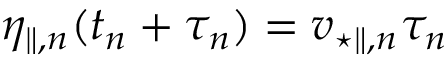
\eta _ { \parallel , n } ( t _ { n } + \tau _ { n } ) = v _ { \star \parallel , n } \tau _ { n }